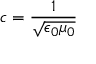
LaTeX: c = { \frac { 1 } { \sqrt { \epsilon _ { 0 } \mu _ { 0 } } } }